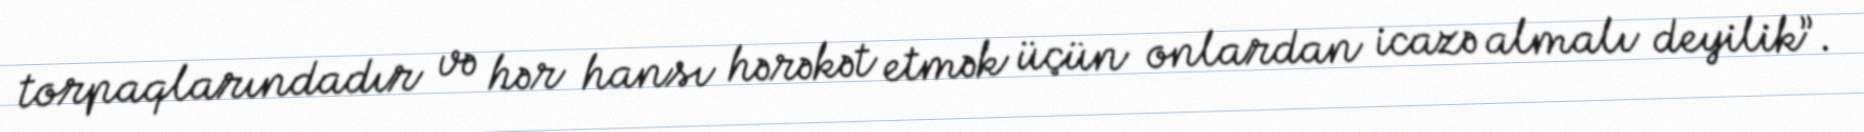
torpaqlarındadır və hər hansı hərəkət etmək üçün onlardan icazə almalı deyilik”.